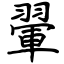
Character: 翬